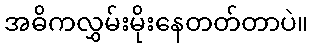
အဓိကလွှမ်းမိုးနေတတ်တာပဲ။